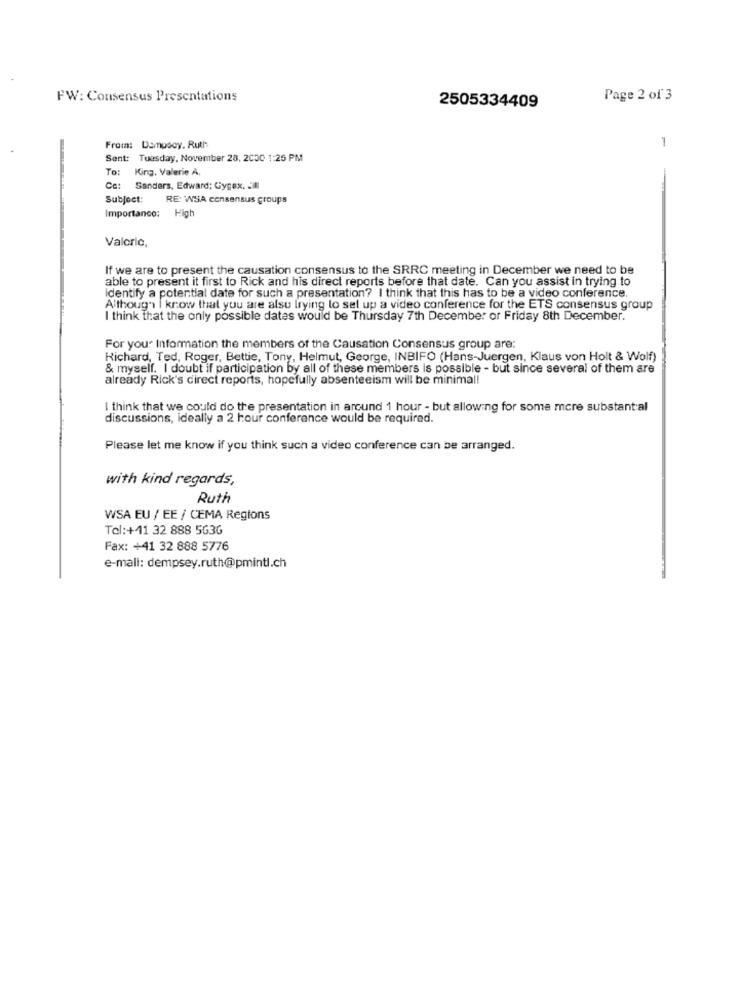
FW: Consensus Presentations
Page 2 of 3
2505334409
1
From: Dempsey. Ruth
Sent: Tuesday, November 28, 2000 1:25 PM
To:
King, Valerie A
Ce:
Sanders, Edward: Gygex. :
Subject:
RE: WSA consensus groups
Importance: High
Valoric,
If we are to present the causation consensus to the SRRC meeting in December we need to be
able to present it first to Rick and his direct reports before that date. Can you assist in trying to
Identify a potential date for such a presentation? I think that this has to be a video conference.
Although I know that you are also trying to set up a video conference for the ETS consensus group
I think that the only possible dates would be Thursday 7th December or Friday 8th December.
For your Information the members of the Causation Consensus group are:
Richard, Ted, Roger, Bettie, Tony, Helmut, George, INBIFO (Hans-Juergen, Klaus von Holt & Wolf)
& myself. I doubt if participation by all of these members is possible - but since several of them are
already Rick's direct reports, hopefully absenteeism will be minimal!
I think that we could do the presentation in around 1 hour - but allowing for some mcre substantial
discussions, ideally a 2 hour conference would be required.
Please let me know if you think such a video conference can be arranged.
with kind regards,
Ruth
WSA EU / EE / CEMA Regions
Tel:+41 32 888 5636
Fax: +41 32 888 5776
e-mail: dempsey.ruth@pmintl.ch